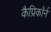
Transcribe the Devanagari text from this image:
कैप्रिकॉर्न